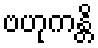
ဗဟုကန္တိ